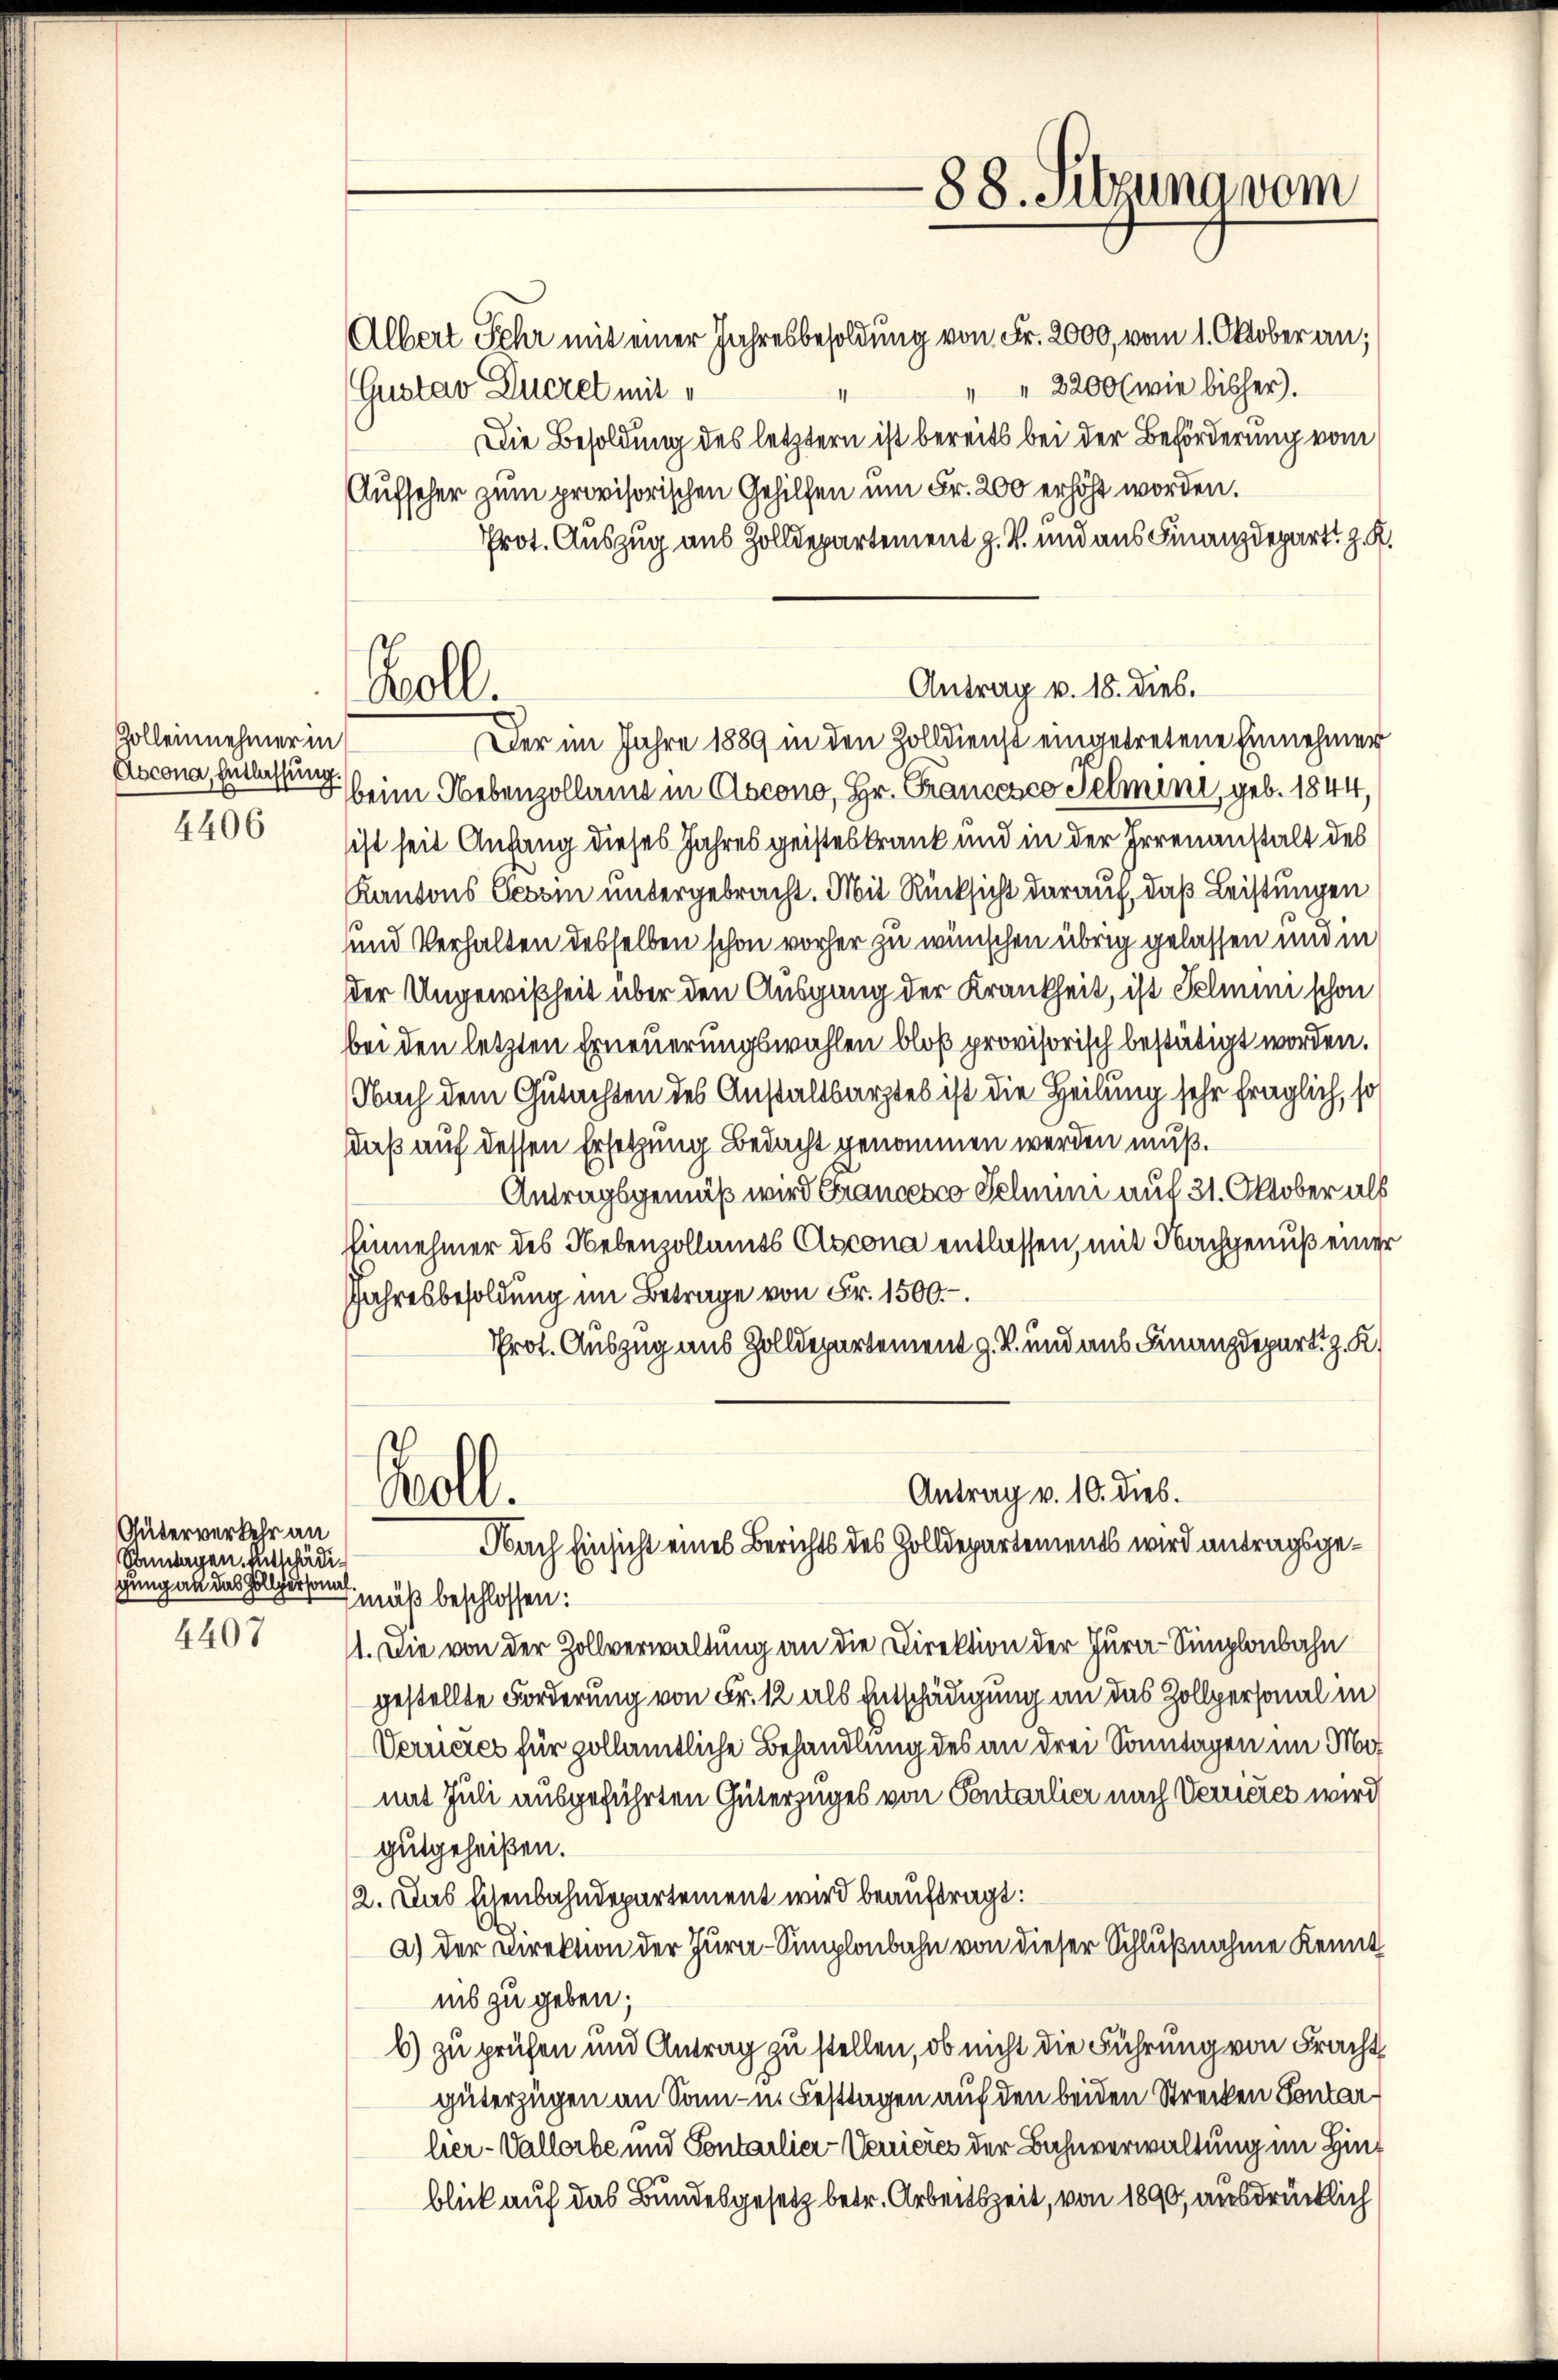
Zolleinehmer in
Abcona, Entlassung
4406

f

Güterverkehr an
Sontagen Entschädigung an das Hollpersona
4407

Gustav Ducret mit

Woll.

Albert sehr mit einer Jahresbesoldung von Fr. 2000, vom 1. Oktober an;
" " 2200 (wie bisher).
Die Besoldung des letztern ist bereits bei der Beförderung vom
Aufseher zum provisorischen Gehilfen um Fr. 200 erhöht worden.
Prot. Auszug aus Zolldepartement z. B. und aus Finanzdepart. Z. K.
Der im Jahre 1889 in den Zolldienst eingetretene Einnehmer
beim Nebenzollamt in Ascono, Hr. Grancesco Telmini, geb. 1844,
ist seit Anfang dieses Jahres geisteskrank und in der Irrenanstalt des
Kantons Gevon untergebracht. Mit Rücksicht darauf, daß Leistungen
und Verhalten desselben schon vorher zu wünschen übrig gelassen und in
der Ungewißheit über den Ausgang der Krankheit, ist Fehmen schon
bei den letzten Erneuerungswahlen bloß provisorisch bestätigt worden.
Nach dem Gutachten des Anstaltsarztes ist die Heilung sehr fraglich, so
daß auf dessen Ersetzung Bedacht genommen werden muß.
Antragsgemäß wird Francesco Schnen auf 31. Oktober als
innehmer des Nebenzollamts Ascona entlassen, mit Nachgenuß einer
Jahresbesoldung im Betrage von Fr. 1500.
Prot. Auszug aus Zolldepartement z. B. und aus Finanzdepart. z. K.

mäß beschlossen:
1. Die von der Zollverwaltung an die Direktion der Jura-Simplonbahn
gestellte Forderung von Fr. 12 als Entschädigung an das Zollpersonal in
Verneres für pollämtliche Behandlung des an drei Sonntagen im Mormit Juli ausgeführten Güterzuges von Sentarlier nach Verrieres wird
gutgeheißen.
12. Das Eisenbahndepartement wird beauftragt:
a) der Direktion der Jura-Simplonbahn von dieser Schlußnahme Kennt
ins zu geben;
b) zu prüfen und Antrag zu stellen, ob nicht die Führung von Fracht
güterzügen an Sonn- u. Festtagen auf den beiden Strecken Sontar
her-Vallorbe und Sontarlier-Verrieres der Bahnverwaltung im Hinblick auf das Bundesgesetz betr. Arbeitszeit, von 1890, ausdrücklich

88. Sitzuna vom

Antrag v. 18. dies.

Antrag v. 10. dies.
Boll.
Nach Einsicht eines Berichts des Zolldepartements wird antragsge¬